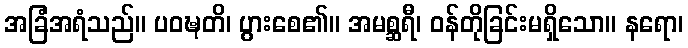
အခြံအရံသည်။ ပဝဍ္ဎတိ၊ ပွားစေ၏။ အမစ္ဆရီ၊ ဝန်တိုခြင်းမရှိသော။ နရော၊